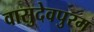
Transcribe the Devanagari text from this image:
वासुदेवपुरम